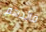
قائدهم